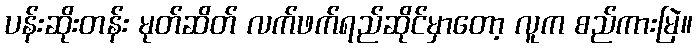
ပန်းဆိုးတန်း မုတ်ဆိတ် လက်ဖက်ရည်ဆိုင်မှာတော့ လူက စည်ကားမြဲ။